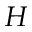
H